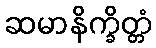
ဆမာနိက္ခိတ္တံ